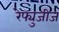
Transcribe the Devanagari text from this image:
रेफ्युजीज